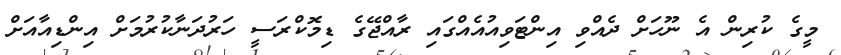
މީގެ ކުރިން އެ ނޫހަށް ދެއްވި އިންޓަވިއުއެއްގައި ރާއްޖޭގެ ޑިމޮކްރަސީ ހަރުދަނާކުރުމަށް އިންޑިއާއަށް